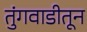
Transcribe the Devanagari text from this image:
तुंगवाडीतून